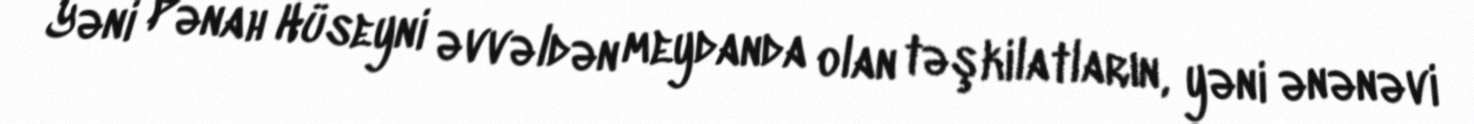
Yəni Pənah Hüseyni əvvəldən meydanda olan təşkilatların, yəni ənənəvi